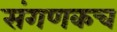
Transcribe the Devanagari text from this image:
संगणकच